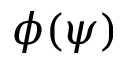
\phi ( \psi )